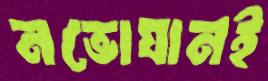
নভোযানই